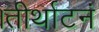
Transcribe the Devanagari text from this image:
।तीर्थाटनं